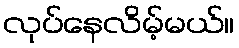
လုပ်နေလိမ့်မယ်။